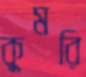
কুমরি